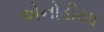
એનોડીયા